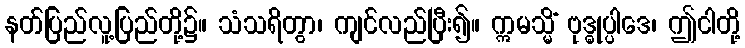
နတ်ပြည်လူ့ပြည်တို့၌။ သံသရိတွာ၊ ကျင်လည်ပြီး၍။ ဣမသ္မိံ ဗုဒ္ဓုပ္ပါဒေ၊ ဤငါတို့